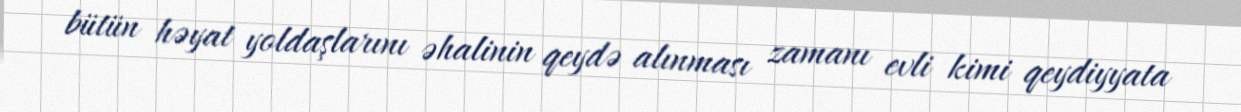
bütün həyat yoldaşlarını əhalinin qeydə alınması zamanı evli kimi qeydiyyata